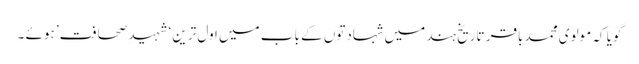
گویا کہ مولوی محمد باقر تاریخِ ہند میں شہادتوں کے باب میں اول ترین ‘شہید ِصحافت’ ہوئے ۔